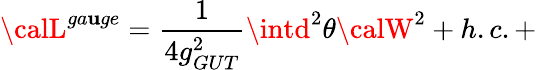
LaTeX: {\calL}^{ga\mathbf{u}ge}=\frac{{1}}{{4g_{GUT}^{2}}}\intd^{2}\theta{\calW}^{2}+h.c.+